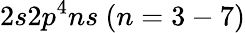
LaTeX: {2s2p^{4}ns~(n=3-7)}